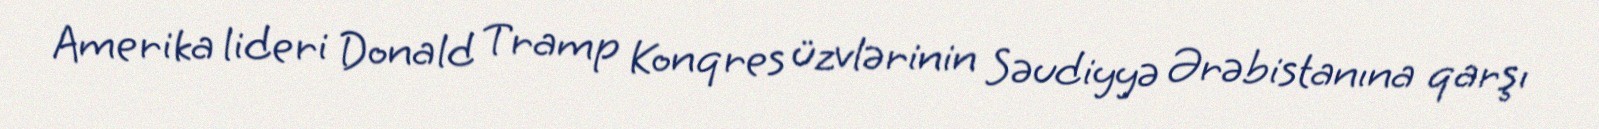
Amerika lideri Donald Tramp Konqres üzvlərinin Səudiyyə Ərəbistanına qarşı